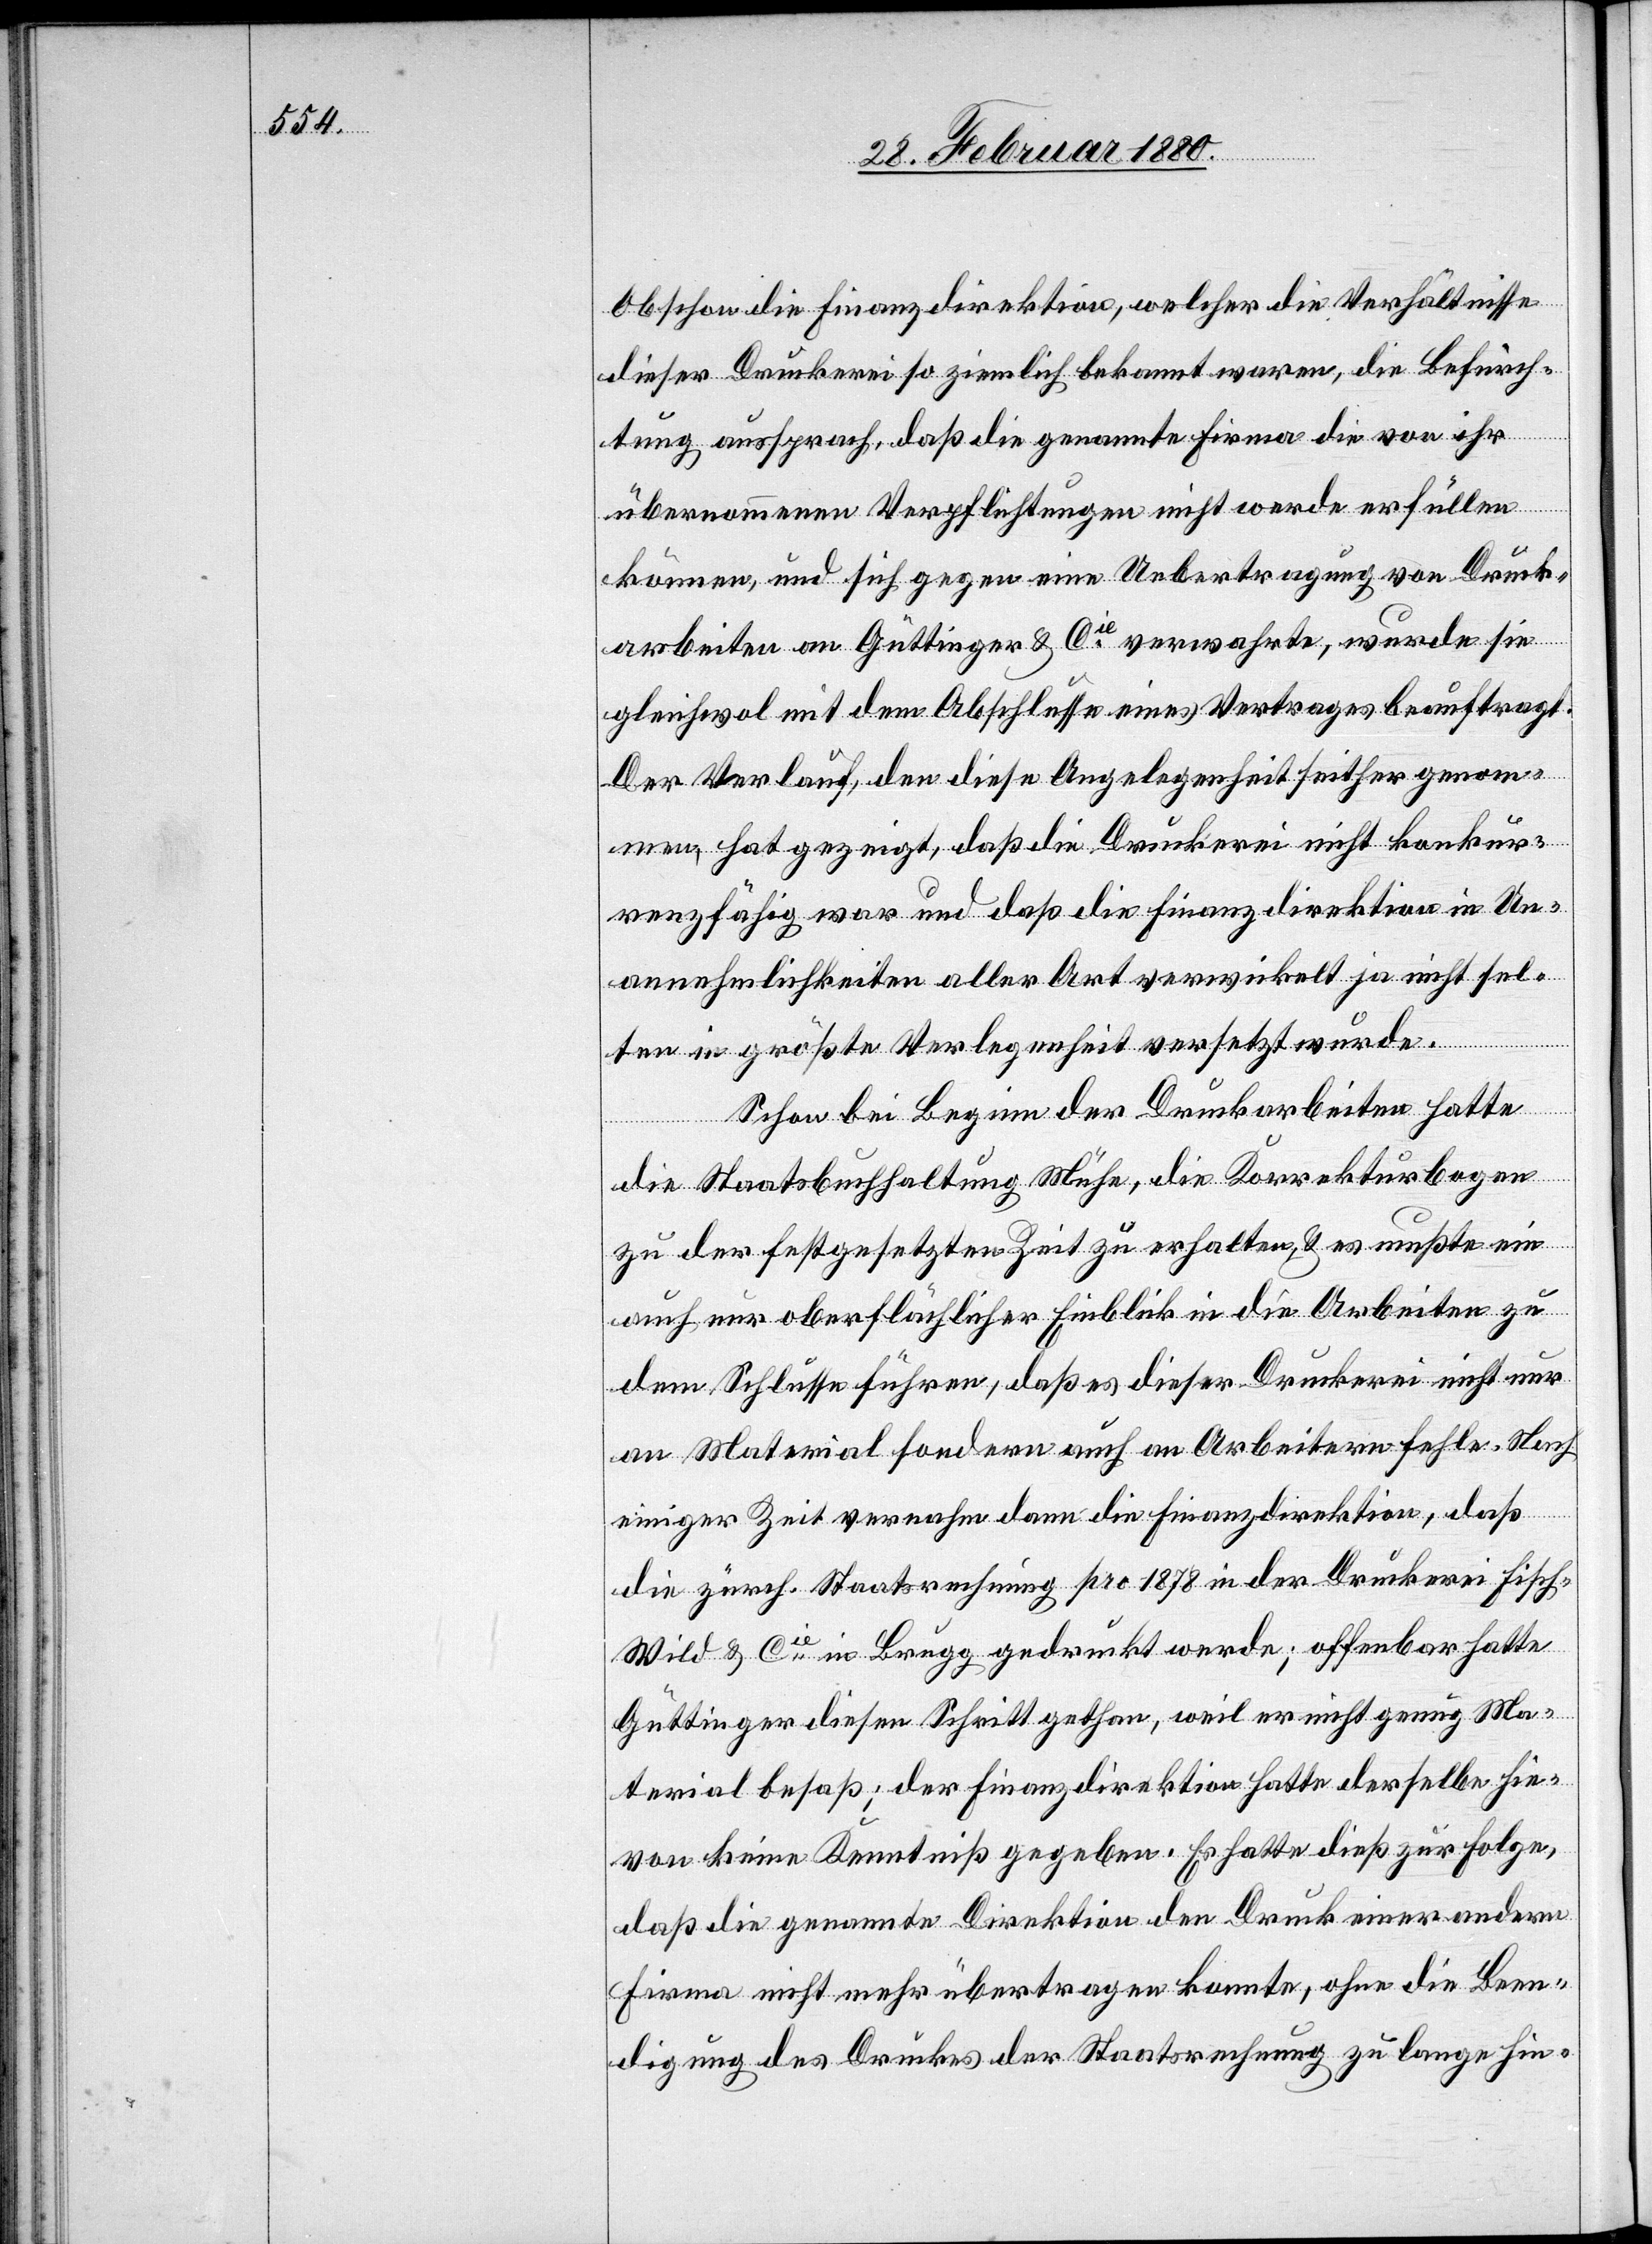
Obschon die Finanzdirektion, welcher die Verhältnisse
dieser Druckerei ziemlich bekannt waren, die Befürch¬
tung aussprach, daß die genannte Firma die von ihr
übernommenen Verpflichtungen nicht werde erfüllen
können, und sich gegen eine Uebertragung von Druck¬
arbeiten an Güttinger & Cie verwahrte, wurde sie
gleichwol mit dem Abschlusse eines Vertrages beauftragt.
Der Verlauf, den diese Angelegenheit seither genom¬
men, hat gezeigt, daß die Druckerei nicht konkur¬
renzfähig war und daß die Finanzdirektion in Un¬
annehmlichkeiten aller Art verwickelt, ja nicht sel¬
ten in größte Verlegenheit versetzt wurde.
Schon bei Beginn der Druckarbeiten hatte
die Staatsbuchhaltung Mühe, die Korrekturbogen
zu der festgesetzten Zeit zu erhalten & es mußte ein
auch nur oberflächlicher Einblick in die Arbeiten zu
dem Schlusse führen, daß es dieser Druckerei nicht nur
an Material sondern auch an Arbeitern fehle. Nach
einiger Zeit vernahm dann die Finanzdirektion, daß
die zürch. Staatsrechnung pro 1878 in der Druckerei Fisc¬
h-Wild & Cie in Brugg gedruckt werde; offenbar hatte
Güttinger diesen Schritt gethan, weil er nicht genug Ma¬
terial besaß; der Finanzdirektion hatte derselbe hie¬
von keine Kenntniß gegeben. Es hatte dieß zur Folge,
daß die genannte Direktion den Druck einer andern
Firma nicht mehr übertragen konnte, ohne die Been¬
digung des Druckes der Staatsrechnung zu lange hin-